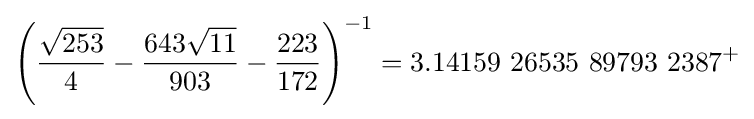
\left({\frac {\sqrt {253}}{4}}-{\frac {643{\sqrt {11}}}{903}}-{\frac {223}{172}}\right)^{-1}=3.14159\ 26535\ 89793\ 2387^{+}